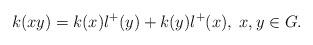
LaTeX: \begin{align*}k(xy)=k(x)l^{+}(y)+k(y)l^{+}(x), \; x,y\in G.\end{align*}